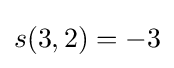
s(3,2)=-3